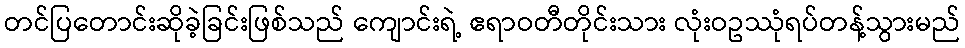
တင်ပြတောင်းဆိုခဲ့ခြင်းဖြစ်သည် ကျောင်းရဲ့ ဧရာဝတီတိုင်းသား လုံးဝဥဿုံရပ်တန့်သွားမည်